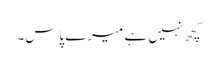
کچھ نہیں ہے میرے پاس۔